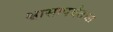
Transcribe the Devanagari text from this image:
श्वासापर्यंतचा